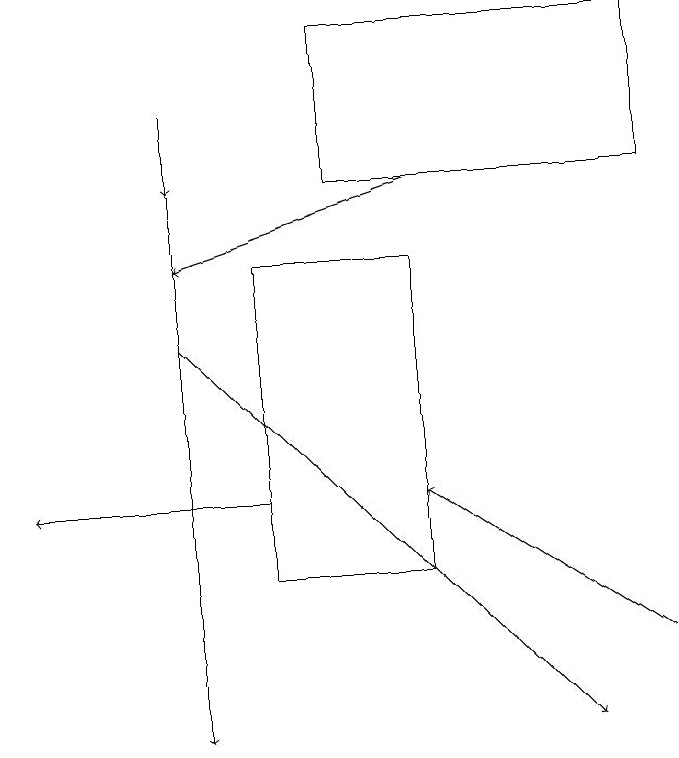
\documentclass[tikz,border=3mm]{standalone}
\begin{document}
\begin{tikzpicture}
\draw[->] (3,18) -- (3,17);
\draw (5,19) rectangle (9,17);
\draw[->] (4,13) -- (1,13);
\draw[->] (3,17) -- (3,10);
\draw (4,12) rectangle (6,16);
\draw[->] (6,17) -- (3,16);
\draw[->] (3,15) -- (8,10);
\draw[->] (9,11) -- (6,13);
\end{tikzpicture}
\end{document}